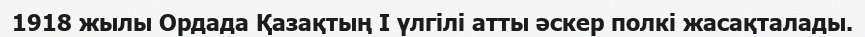
1918 жылы Ордада Қазақтың I үлгілі атты әскер полкі жасақталады.